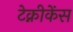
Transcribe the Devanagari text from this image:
टेक्नीकेंस